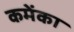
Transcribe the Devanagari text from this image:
कमेंका